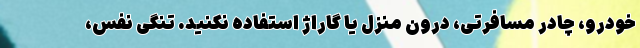
خودرو، چادر مسافرتی، درون منزل یا گاراژ استفاده نکنید. تنگی نفس،